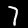
Digit: 7